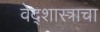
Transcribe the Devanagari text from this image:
वेद्शास्त्राचा